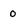
Character: 0